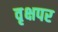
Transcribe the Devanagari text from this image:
वृक्षपर